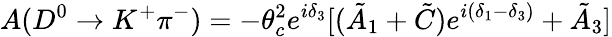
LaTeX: A(D^{0}\to K^{+}\pi^{-})=-\theta_{c}^{2}e^{i\delta_{3}}[(\tilde{A}_{1}+\tilde{C})e^{i(\delta_{1}-\delta_{3})}+\tilde{A}_{3}]